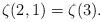
LaTeX: \begin{align*} \zeta(2,1) = \zeta(3).\end{align*}